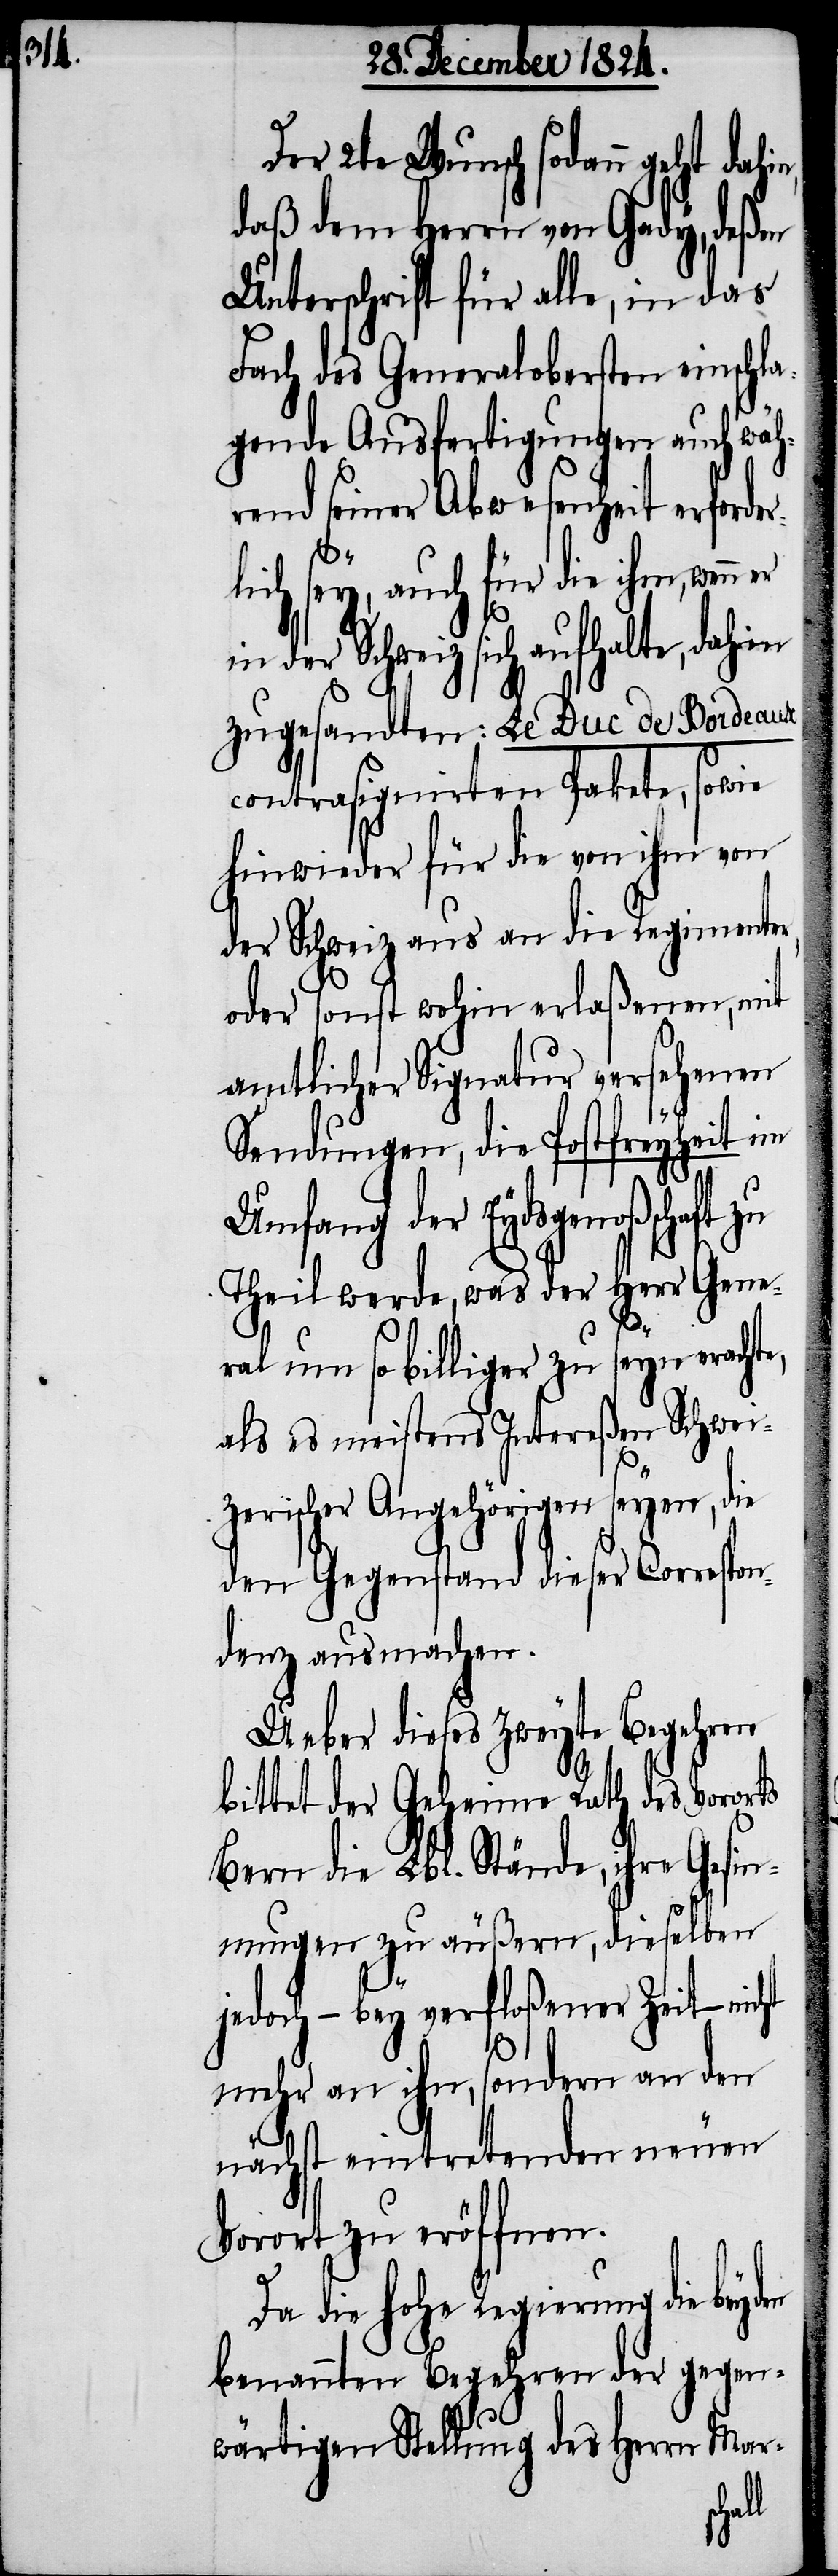
Der 2te Wunsch sodann geht dahi¬
daß dem Herrn von Gady, deßen
Unterschrift für alle, in das
Fach des Generalobersten einschl¬
agende Ausfertigungen auch wäh¬
rend seiner Abwesenheit erforde¬
r¬
lich sey, auch für die ihm, wenn
der Schweiz sich aufhalte, dahin
zugesandten: Le Duc de Bordeaux
contrasignierten Pakete, sowie
hinwieder für die von ihm von
der Schweiz aus an die Regimenter,
oder sonst wohin erlaßenen, mit
amtlicher Signatur versehenen
Sendungen, die Postfreyheit im
Umfang der Eydsgenoßenschaft
Theil werde, was der Herr Gene¬
ht
ral um so billiger zu seyn eracht¬
als es meistens Intereßen Schwei¬
zerischer Angehörigen seyen, die
den Gegenstand dieser Correspon¬
denz ausmachen.
Ueber dieses zweyte Begehren
bittet der Geheime Rath des Vororts
Bern die Lbl. Stände, ihre Gesin¬
nungen zu äußern, dieselben
jedoch – bey verfloßener Zeit – nic¬
mehr an ihn, sondern an den
nächst eintretenden neuen
Vorort zu eröffnen.
Da die hohe Regierung die
benannten Begehren der gegen¬
wärtigen Stellung des Herrn Mar-